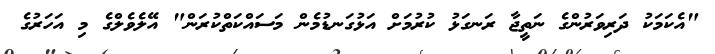
"އެކަމަކު ދަރިވަރުންގެ ނަތީޖާ ރަނގަޅު ކުރުމަށް އަޅުގަނޑުމެން މަސައްކަތްކުރަން" އޭލެވެލްގެ މި އަހަރުގެ